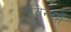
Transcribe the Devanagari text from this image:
रॅवेन्शॉ